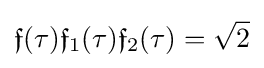
{\mathfrak {f}}(\tau ){\mathfrak {f}}_{1}(\tau ){\mathfrak {f}}_{2}(\tau )={\sqrt {2}}